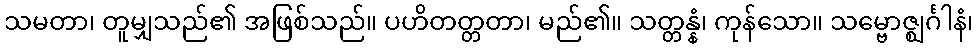
သမတာ၊ တူမျှသည်၏ အဖြစ်သည်။ ပဟိတတ္တတာ၊ မည်၏။ သတ္တန္နံ၊ ကုန်သော။ သမ္ဗောဇ္ဈင်္ဂါနံ၊